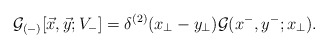
\begin{align*}{\cal G}_{(-)}[\vec{x},\vec{y};V_-] = \delta^{(2)}(x_{\perp}-y_{\perp}){\cal G} (x^- , y^-; x_\perp) .\end{align*}